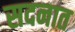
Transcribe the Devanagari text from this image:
सदनात